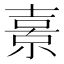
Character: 𭐗